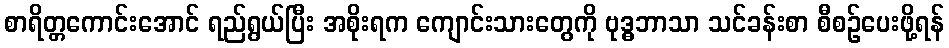
စာရိတ္တကောင်းအောင် ရည်ရွယ်ပြီး အစိုးရက ကျောင်းသားတွေကို ဗုဒ္ဓဘာသာ သင်ခန်းစာ စီစဉ်ပေးဖို့ရန်